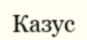
Казус